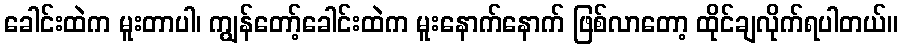
ခေါင်းထဲက မူးတာပါ၊ ကျွန်တော့်ခေါင်းထဲက မူးနောက်နောက် ဖြစ်လာတော့ ထိုင်ချလိုက်ရပါတယ်။